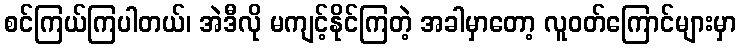
စင်ကြယ်ကြပါတယ်၊ အဲဒီလို မကျင့်နိုင်ကြတဲ့ အခါမှာတော့ လူဝတ်ကြောင်များမှာ